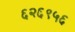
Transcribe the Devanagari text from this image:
६२६९५६